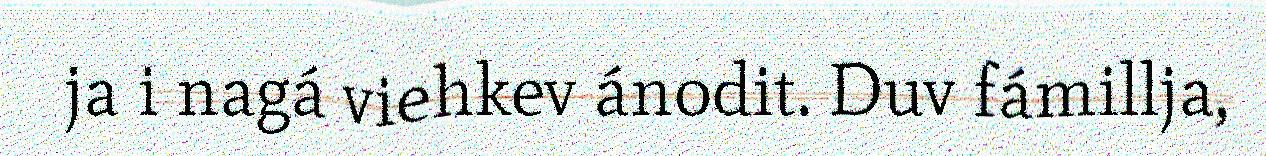
ja i nagá viehkev ánodit. Duv fámillja,